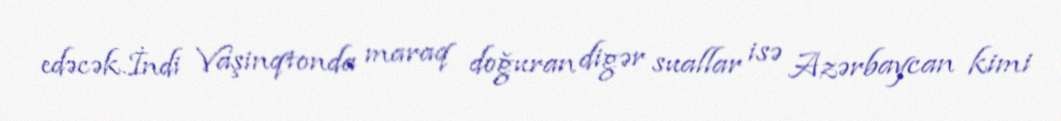
edəcək.İndi Vaşinqtonda maraq doğuran digər suallar isə Azərbaycan kimi